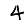
Digit: 4